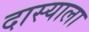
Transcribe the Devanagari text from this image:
दास्याला